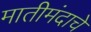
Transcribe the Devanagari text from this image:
मातीमंदाचे